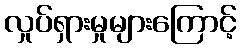
လှုပ်ရှားမှုများကြောင့်